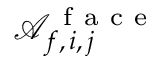
\mathcal { A } _ { f , \, i , \, j } ^ { \mathrm { ~ f ~ a ~ c ~ e ~ } }